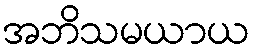
အဘိသမယာယ